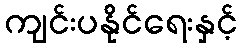
ကျင်းပနိုင်ရေးနှင့်